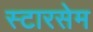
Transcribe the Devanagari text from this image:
स्टारसेम